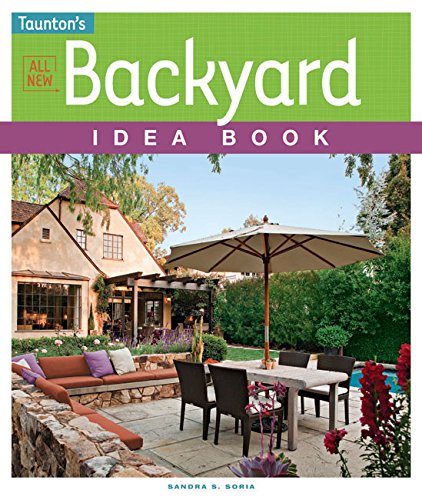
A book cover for All New Backyard Idea Book; Sandra S. Soria; Crafts, Hobbies & Home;